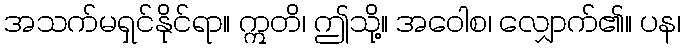
အသက်မရှင်နိုင်ရာ။ ဣတိ၊ ဤသို့။ အဝေါစ၊ လျှောက်၏။ ပန၊